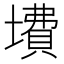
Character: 𱘃